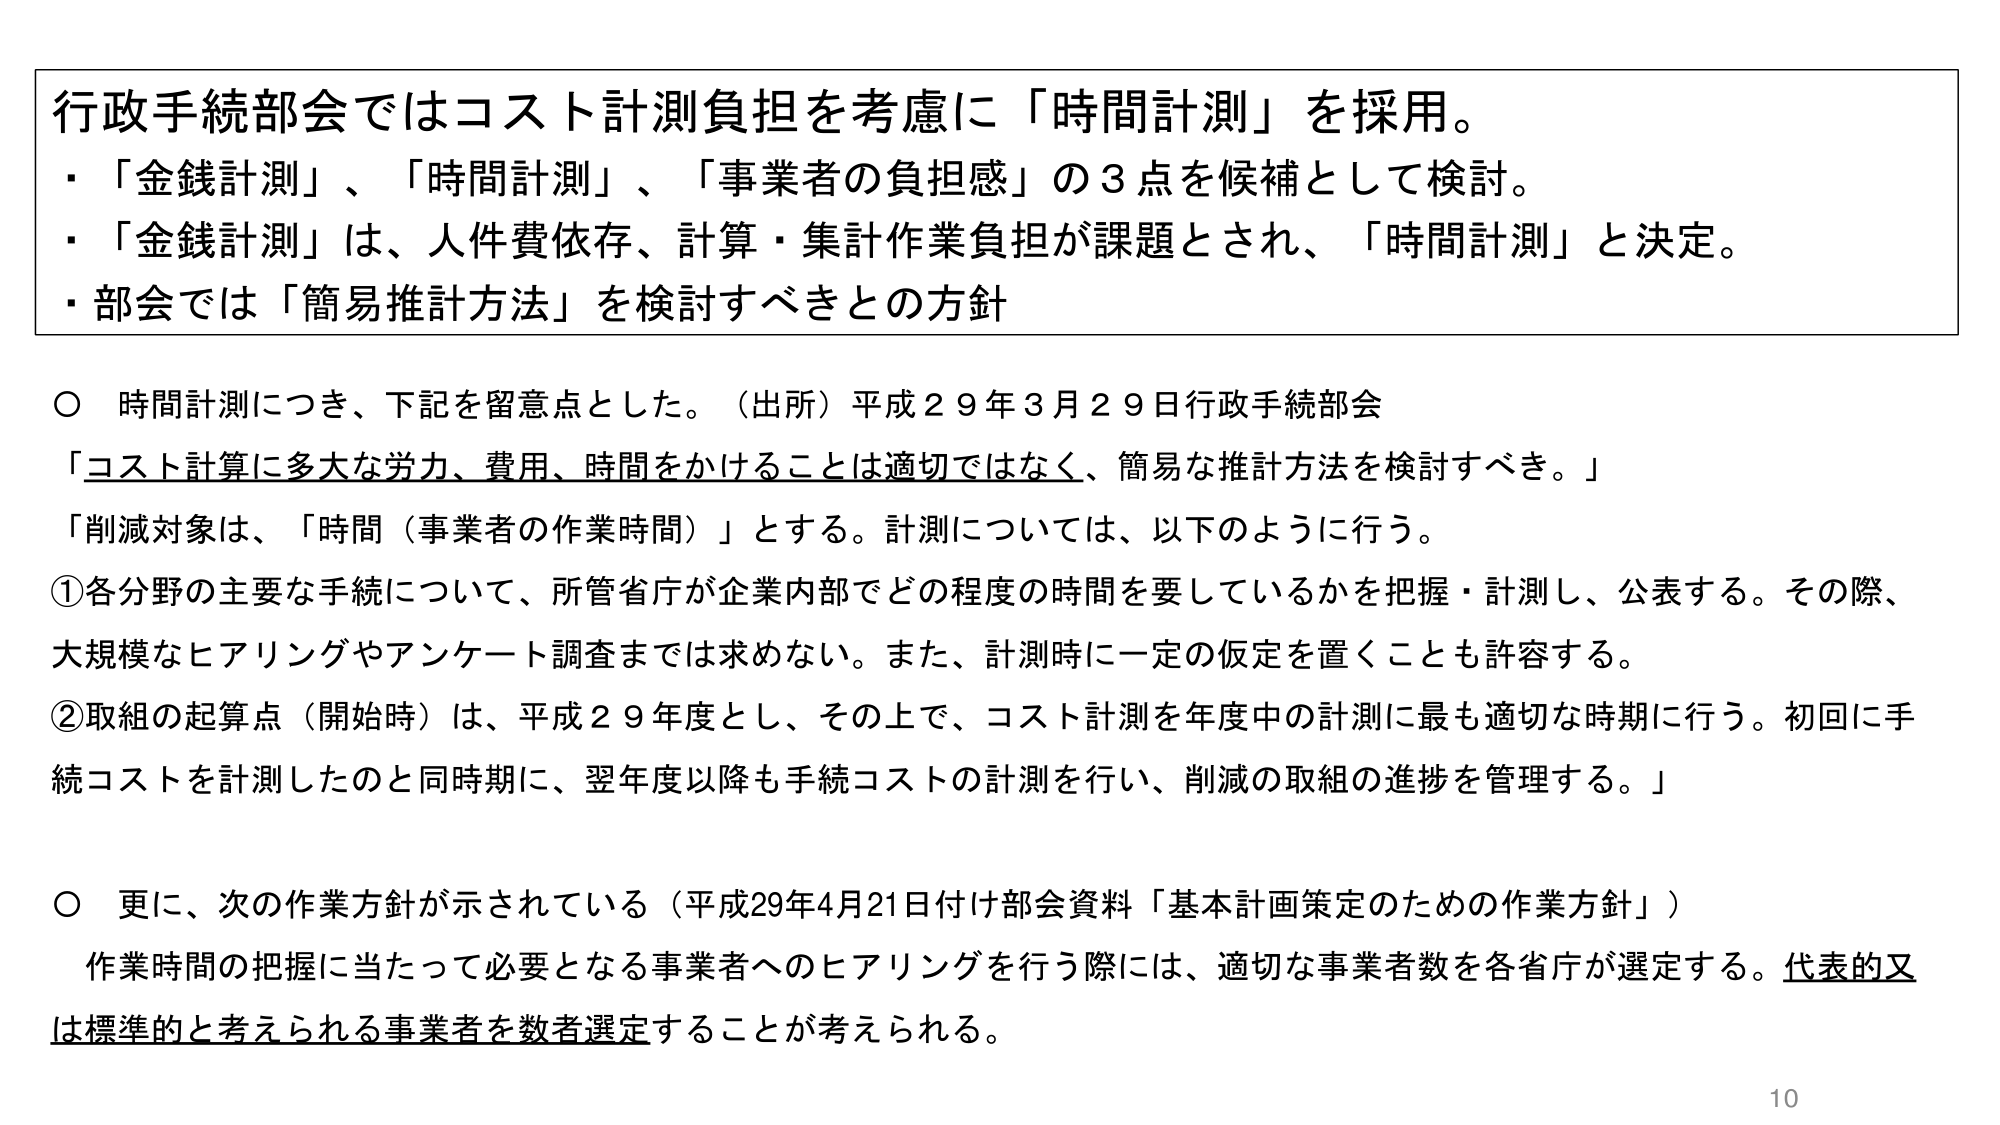
行政手続部会ではコスト計測負担を考慮に「時間計測」を採用。
・「金銭計測」、「時間計測」、「事業者の負担感」の3点を候補として検討。
・「金銭計測」は、人件費依存、計算・集計作業負担が課題とされ、「時間計測」と決定。
・部会では「簡易推計方法」を検討すべきとの方針

○ 時間計測につき、下記を留意点とした。（出所）平成29年3月29日行政手続部会
「コスト計算に多大な労力、費用、時間をかけることは適切ではなく、簡易な推計方法を検討すべき。」
「削減対象は、「時間（事業者の作業時間）」とする。計測については、以下のように行う。
①各分野の主要な手続について、所管省庁が企業内部でどの程度の時間を要しているかを把握・計測し、公表する。その際、
大規模なヒアリングやアンケート調査までは求めない。また、計測時に一定の仮定を置くことも許容する。
②取組の起算点（開始時）は、平成29年度とし、その上で、コスト計測を年度中の計測に最も適切な時期に行う。初回に手
続コストを計測したのと同時期に、翌年度以降も手続コストの計測を行い、削減の取組の進捗を管理する。」

○ 更に、次の作業方針が示されている（平成29年4月21日付け部会資料「基本計画策定のための作業方針」）
作業時間の把握に当たって必要となる事業者へのヒアリングを行う際には、適切な事業者数を各省庁が選定する。代表的又
は標準的と考えられる事業者を数者選定することが考えられる。

10